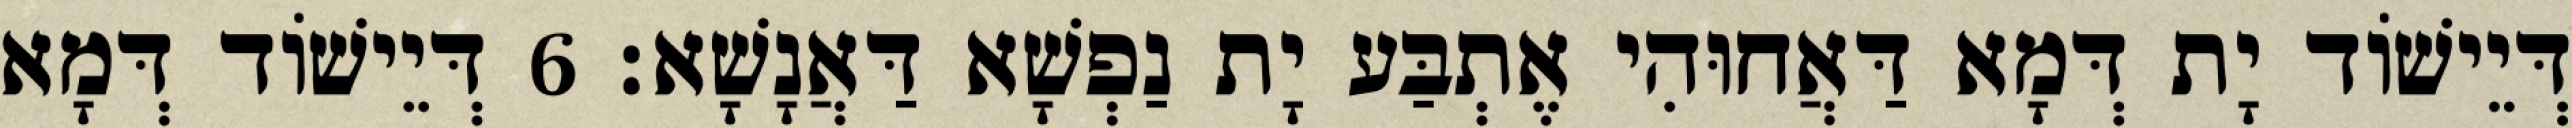
דְּיֵישׁוֹד יָת דְּמָא דַּאֲחוּהִי אֶתְבַּע יָת נַפְשָׁא דַּאֲנָשָׁא׃ 6 דְּיֵישׁוֹד דְּמָא